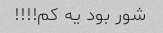
شور بود یه کم!!!!